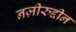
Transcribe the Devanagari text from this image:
नज़ीरुद्दीन